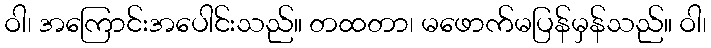
ဝါ၊ အကြောင်းအပေါင်းသည်။ တထတာ၊ မဖောက်မပြန်မှန်သည်။ ဝါ၊